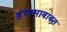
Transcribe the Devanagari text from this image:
हंगामाबाबत